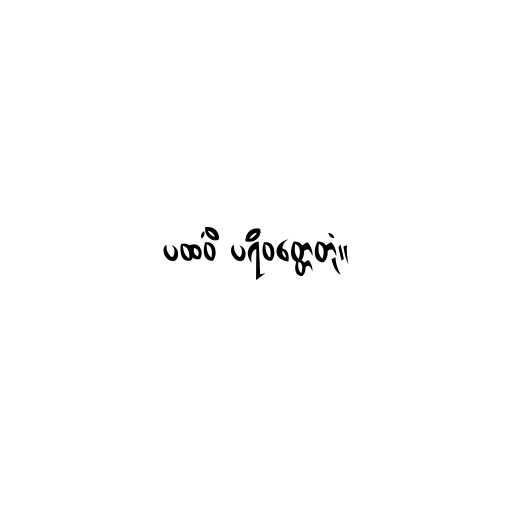
ပထဝိံ ပရိဝတ္တေတုံ။